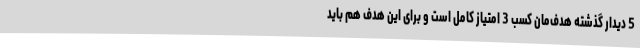
5 دیدار گذشته هدف‌مان کسب 3 امتیاز کامل است و برای این هدف هم باید